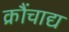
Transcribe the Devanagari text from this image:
क्रौंचाद्य